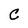
Character: C